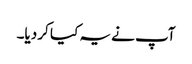
آپ نے یہ کیا کر دیا۔